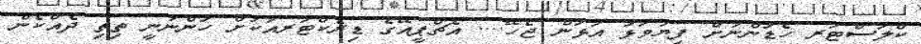
ކްލަސްޓަރ ހެޑުންނަށް ފިޔަވަޅު އަޅަން ޖެހޭ.... އެޗްޕީއޭގެ ޑިރެކްޓަރއަކަށް ހުންނަނީ ތިތި ދެއްކެން